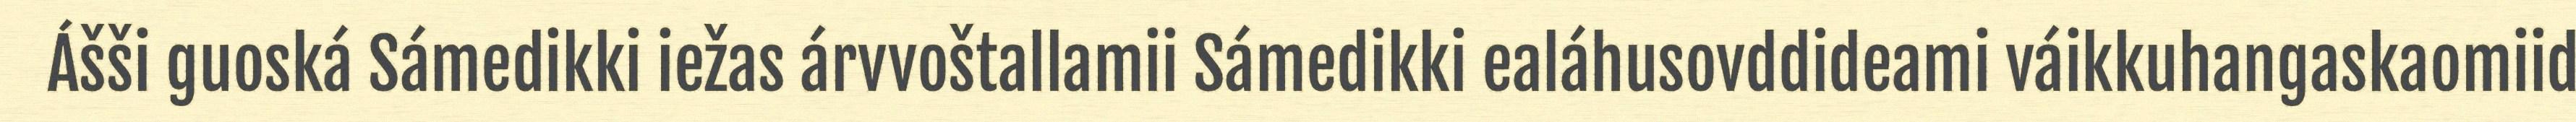
Ášši guoská Sámedikki iežas árvvoštallamii Sámedikki ealáhusovddideami váikkuhangaskaomiid